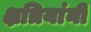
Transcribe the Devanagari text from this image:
क्षत्रियांनीं